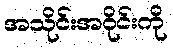
အသိုင်းအဝိုင်းကို